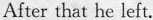
After that he left.